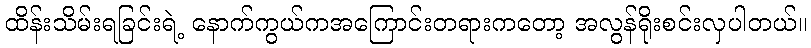
ထိန်းသိမ်းရခြင်းရဲ့ နောက်ကွယ်ကအကြောင်းတရားကတော့ အလွန်ရိုးစင်းလှပါတယ်။